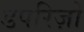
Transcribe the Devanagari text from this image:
डपरिज़ो